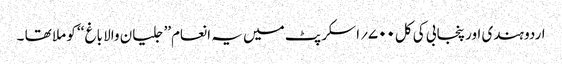
اردو ہندی اور پنجابی کی کل۷۰۰؍اسکرپٹ میں یہ انعام’’ جلیان والا باغ ‘‘ کو ملا تھا ۔